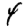
Digit: 4